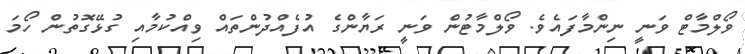
ވޯލްމާޓް ވަނީ ނިންމާފައެވެ. ވޯލްމާޓުން ވަނީ ރަޔާންގެ އުފެއްދުންތައް ވިއްކުމާއި ގުޅޭގޮތުން ހޯމަ